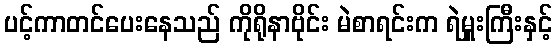
ပင့်ကာတင်ပေးနေသည် ကိုရိုနာဗိုင်း မဲစာရင်းက ရဲမှူးကြီးနှင့်